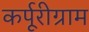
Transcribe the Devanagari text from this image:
कर्पूरीग्राम